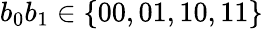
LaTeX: b_{0}b_{1}\in\{ 00,01,10,11\}